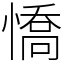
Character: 憍